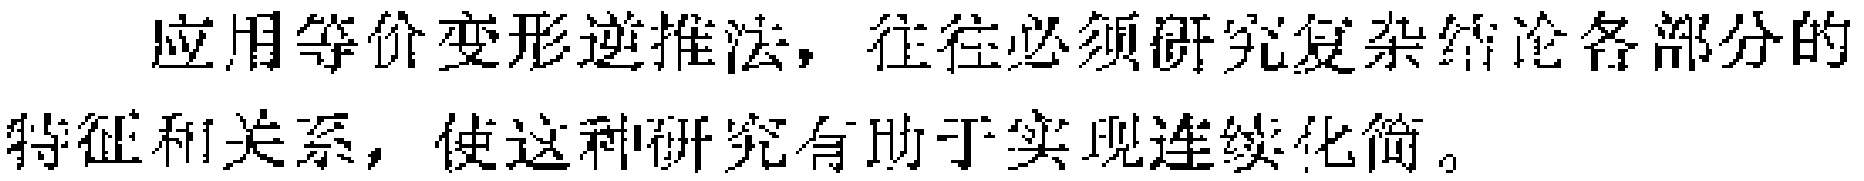
应用等价变形逆推法，往往必须研究复杂结论各部分的特征和关系，使这种研究有助于实现连续化简。